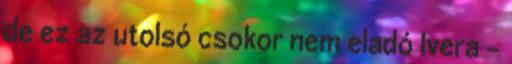
de ez az utolsó csokor nem eladó Ivera -